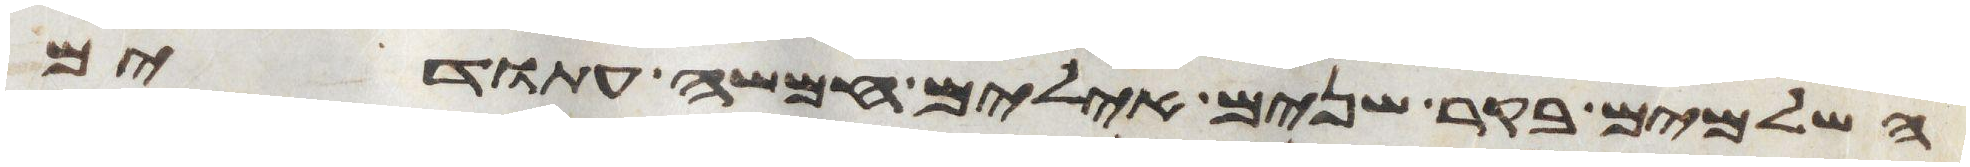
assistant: השלמים בקר שנים אילים חמשה עתודים